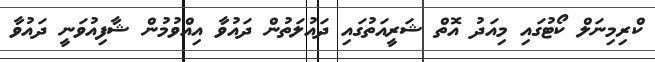
ކްރިމިނަލް ކޯޓުގައި މިއަދު އޮތް ޝަރީއަތުގައި ދައުލަތުން ދައުވާ އިއްވުމުން ޝާފިއުވަނީ ދައުވާ